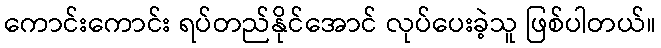
ကောင်းကောင်း ရပ်တည်နိုင်အောင် လုပ်ပေးခဲ့သူ ဖြစ်ပါတယ်။